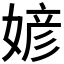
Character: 𪦎